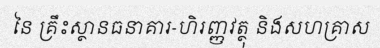
នៃ គ្រឹះស្ថានធនាគារ-ហិរញ្ញវត្ថុ និងសហគ្រាស